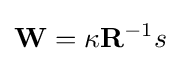
\mathbf {W} =\kappa \mathbf {R} ^{-1}s